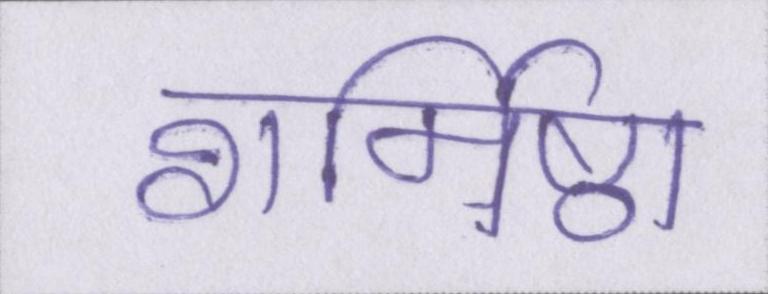
शर्मिष्ठा